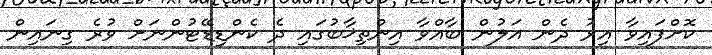
ކޮށްފައިވާ އިރު ދެން އަލުން ބާއްވާ އިންތިޚާބުގައި ދެ ކެންޑިޑޭޓުންނަށް ވުރެ ގިނައިން